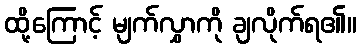
ထို့ကြောင့် မျက်လွှာကို ချလိုက်ရ၏။